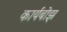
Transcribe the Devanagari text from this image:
कार्यबोझ